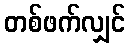
တစ်ဖက်လျှင်